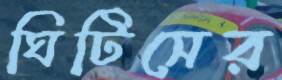
ঘিটিসের